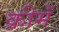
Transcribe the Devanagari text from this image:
क्रीमें